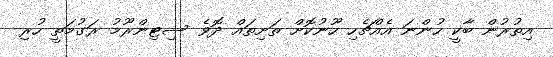
އިތުރުން ބާކީ ހުންނަ އެއްޗެހި ހޫނުކޮށް ތަށިތައް ދޮވެ ސިޓިންރޫމު ރަގުމަތީ ހުރި